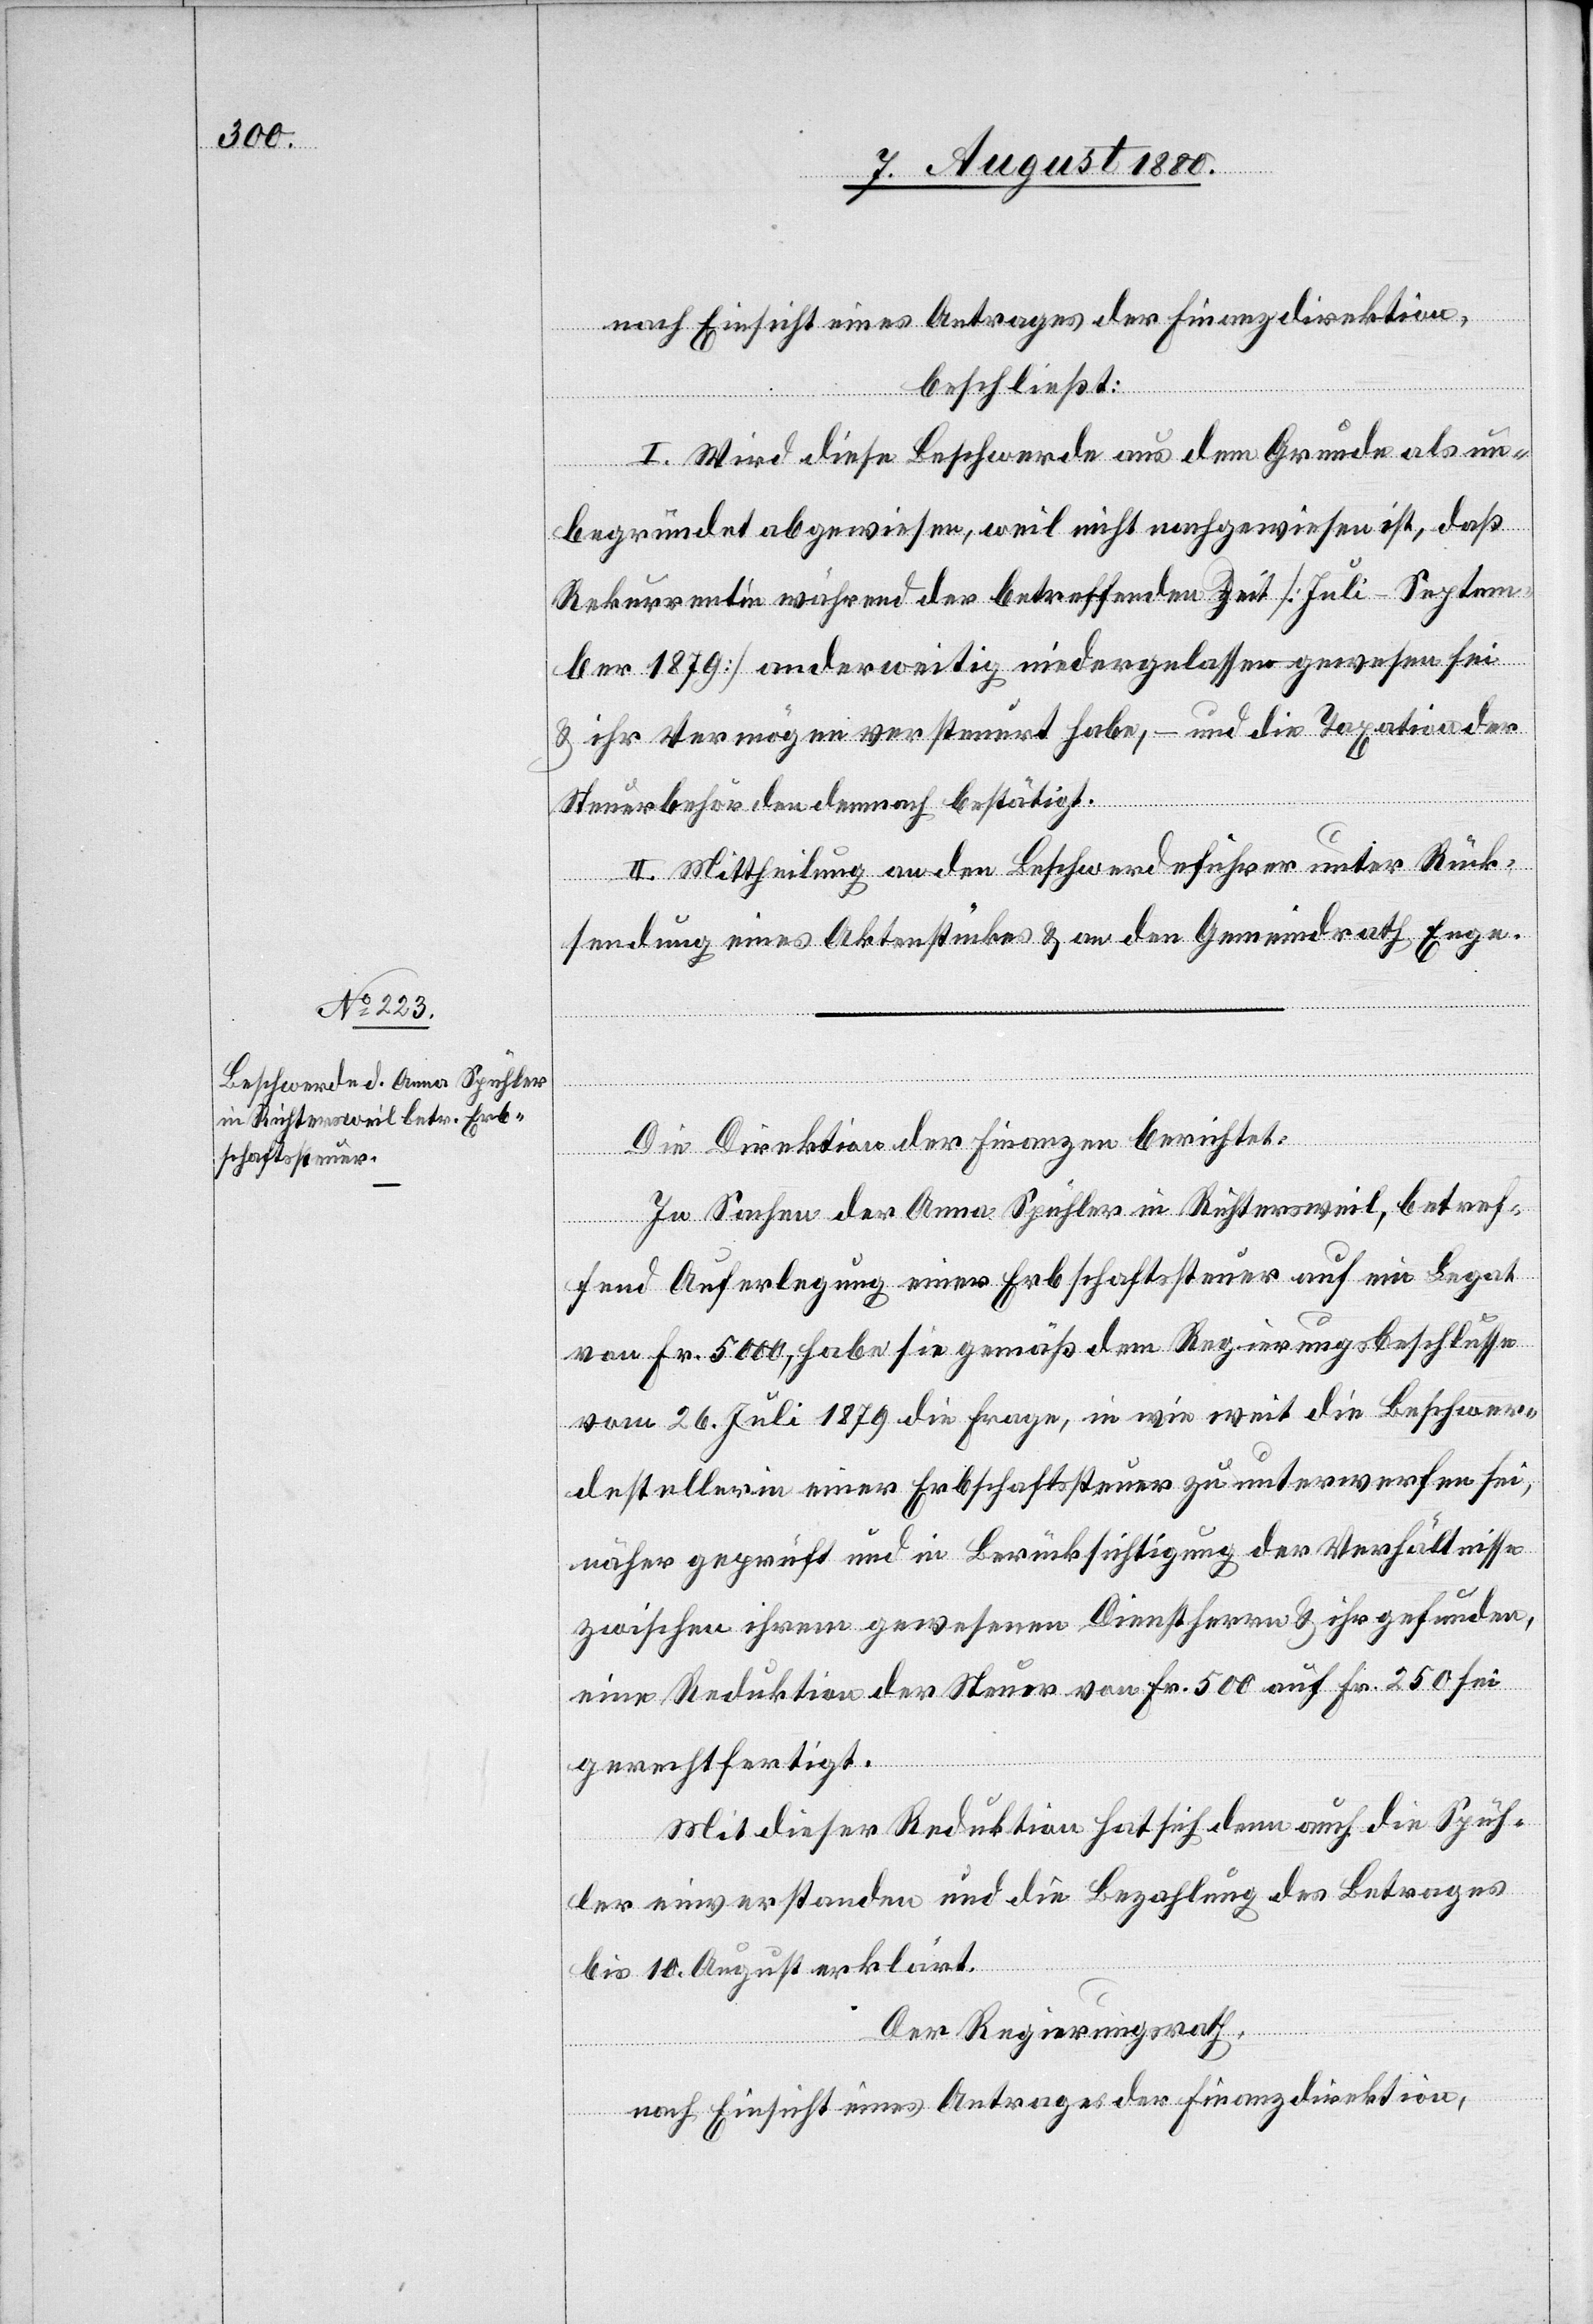
nach Einsicht eines Antrages der Finanzdirektion
beschließt:
I. Wird diese Beschwerde aus dem Grunde als un¬
begründet abgewiesen, weil nicht nachgewiesen ist, daß
Rekurrentin während der betreffenden Zeit [Juli–Septem¬
ber 1879] anderweitig niedergelassen gewesen sei
& ihr Vermögen versteuert habe, – und die Taxation der
Steuerbehörden demnach bestätigt.
II. Mittheilung an den Beschwerdeführer unter Rück¬
sendung eines Aktenstückes & an den Gemeindrath Enge.
Die Direktion der Finanzen berichtet:
In Sachen der Anna Spühler in Richtersweil, betref¬
fend Auferlegung einer Erbschaftssteuer auf ein Legat
von Fr. 5000, habe sie gemäß dem Regierungsbeschlusse
vom 26. Juli 1879 die Frage, in wie weit die Beschwer¬
destellerin einer Erbschaftsteuer zu unterwerfen sei,
näher geprüft und in Berücksichtigung der Verhältnisse
zwischen ihrem gewesenen Dienstherrn & ihr gefunden,
eine Reduktion der Steuer von Fr. 500 auf Fr. 250 sei
gerechtfertigt.
Mit dieser Reduktion hat sich denn auch die Spüh¬
ler einverstanden und die Bezahlung des Betrages
bis 10. August erklärt.
Der Regierungsrath,
nach Einsicht eines Antrages der Finanzdirektion,